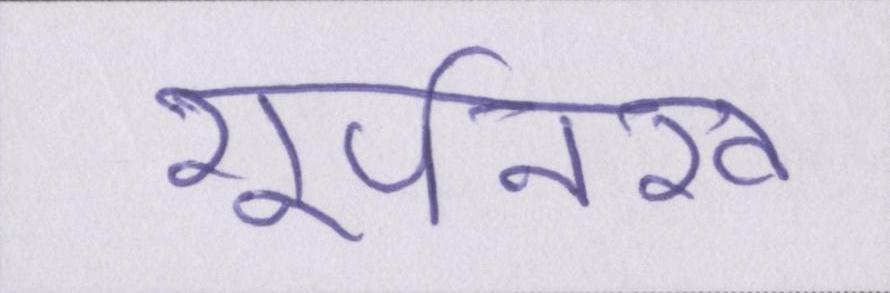
शूर्पनखा